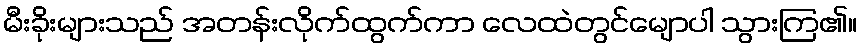
မီးခိုးများသည် အတန်းလိုက်ထွက်ကာ လေထဲတွင်မျောပါ သွားကြ၏။